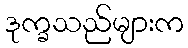
ဒုက္ခသည်များက